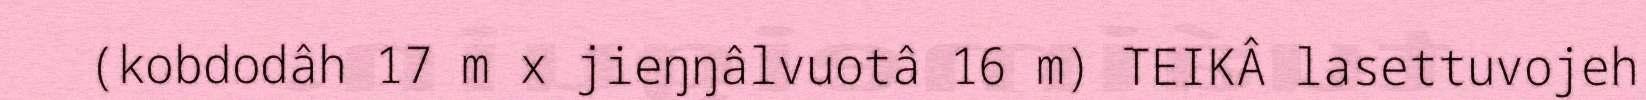
(kobdodâh 17 m x jieŋŋâlvuotâ 16 m) TEIKÂ lasettuvojeh